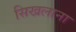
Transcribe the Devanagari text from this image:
सिखलाना